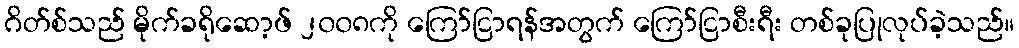
ဂိတ်စ်သည် မိုက်ခရိုဆော့ဖ် ၂၀၀၈ကို ကြော်ငြာရန်အတွက် ကြော်ငြာစီးရီး တစ်ခုပြုလုပ်ခဲ့သည်။